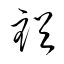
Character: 裕